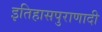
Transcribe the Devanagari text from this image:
इतिहासपुराणादी